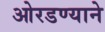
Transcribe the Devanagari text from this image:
ओरडण्याने